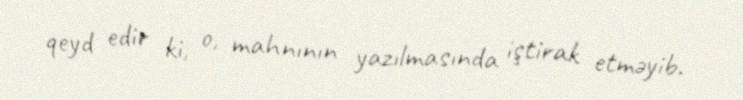
qeyd edir ki, o, mahnının yazılmasında iştirak etməyib.